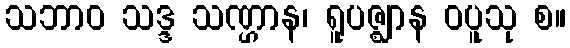
သဘာဝ သဒ္ဒ သဏ္ဌာန၊ ရူပဇ္ဈာန ဝပူသု စ။